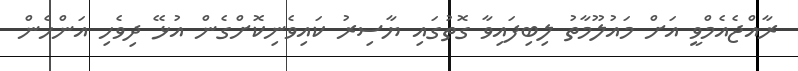
ރާއްޖެއެމްވީ އަށް މައުލޫމާތު ލިބިފައިވާ ގޮތުގައި ޔާސިރު ކައިވެނިކޮށްގެން އުޅޭ ދިވެހި އަންހެން